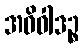
အဝိဝါဒဉ္စ